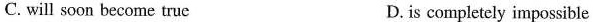
C. will soon become true D. is completely impossible